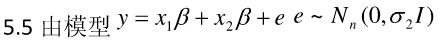
5.5 由模型 $y = x_1\beta + x_2\beta + e\ e \sim N_n(0,\sigma^2 I)$